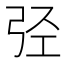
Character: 弪